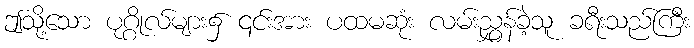
ဤသို့သော ပုဂ္ဂိုလ်များ၌ ၎င်းအား ပထမဆုံး လမ်းညွှန်ခဲ့သူ ခရီးသည်ကြီး